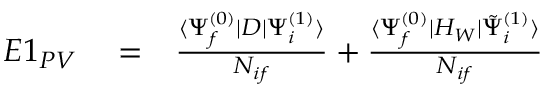
\begin{array} { r l r } { E 1 _ { P V } } & { { } = } & { \frac { \langle \Psi _ { f } ^ { ( 0 ) } | D | \Psi _ { i } ^ { ( 1 ) } \rangle } { { \cal N } _ { i f } } + \frac { \langle \Psi _ { f } ^ { ( 0 ) } | H _ { W } | \tilde { \Psi } _ { i } ^ { ( 1 ) } \rangle } { { \cal N } _ { i f } } } \end{array}